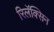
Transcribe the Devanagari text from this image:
रिलॅक्सिन